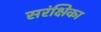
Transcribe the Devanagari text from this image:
सरंक्षिका